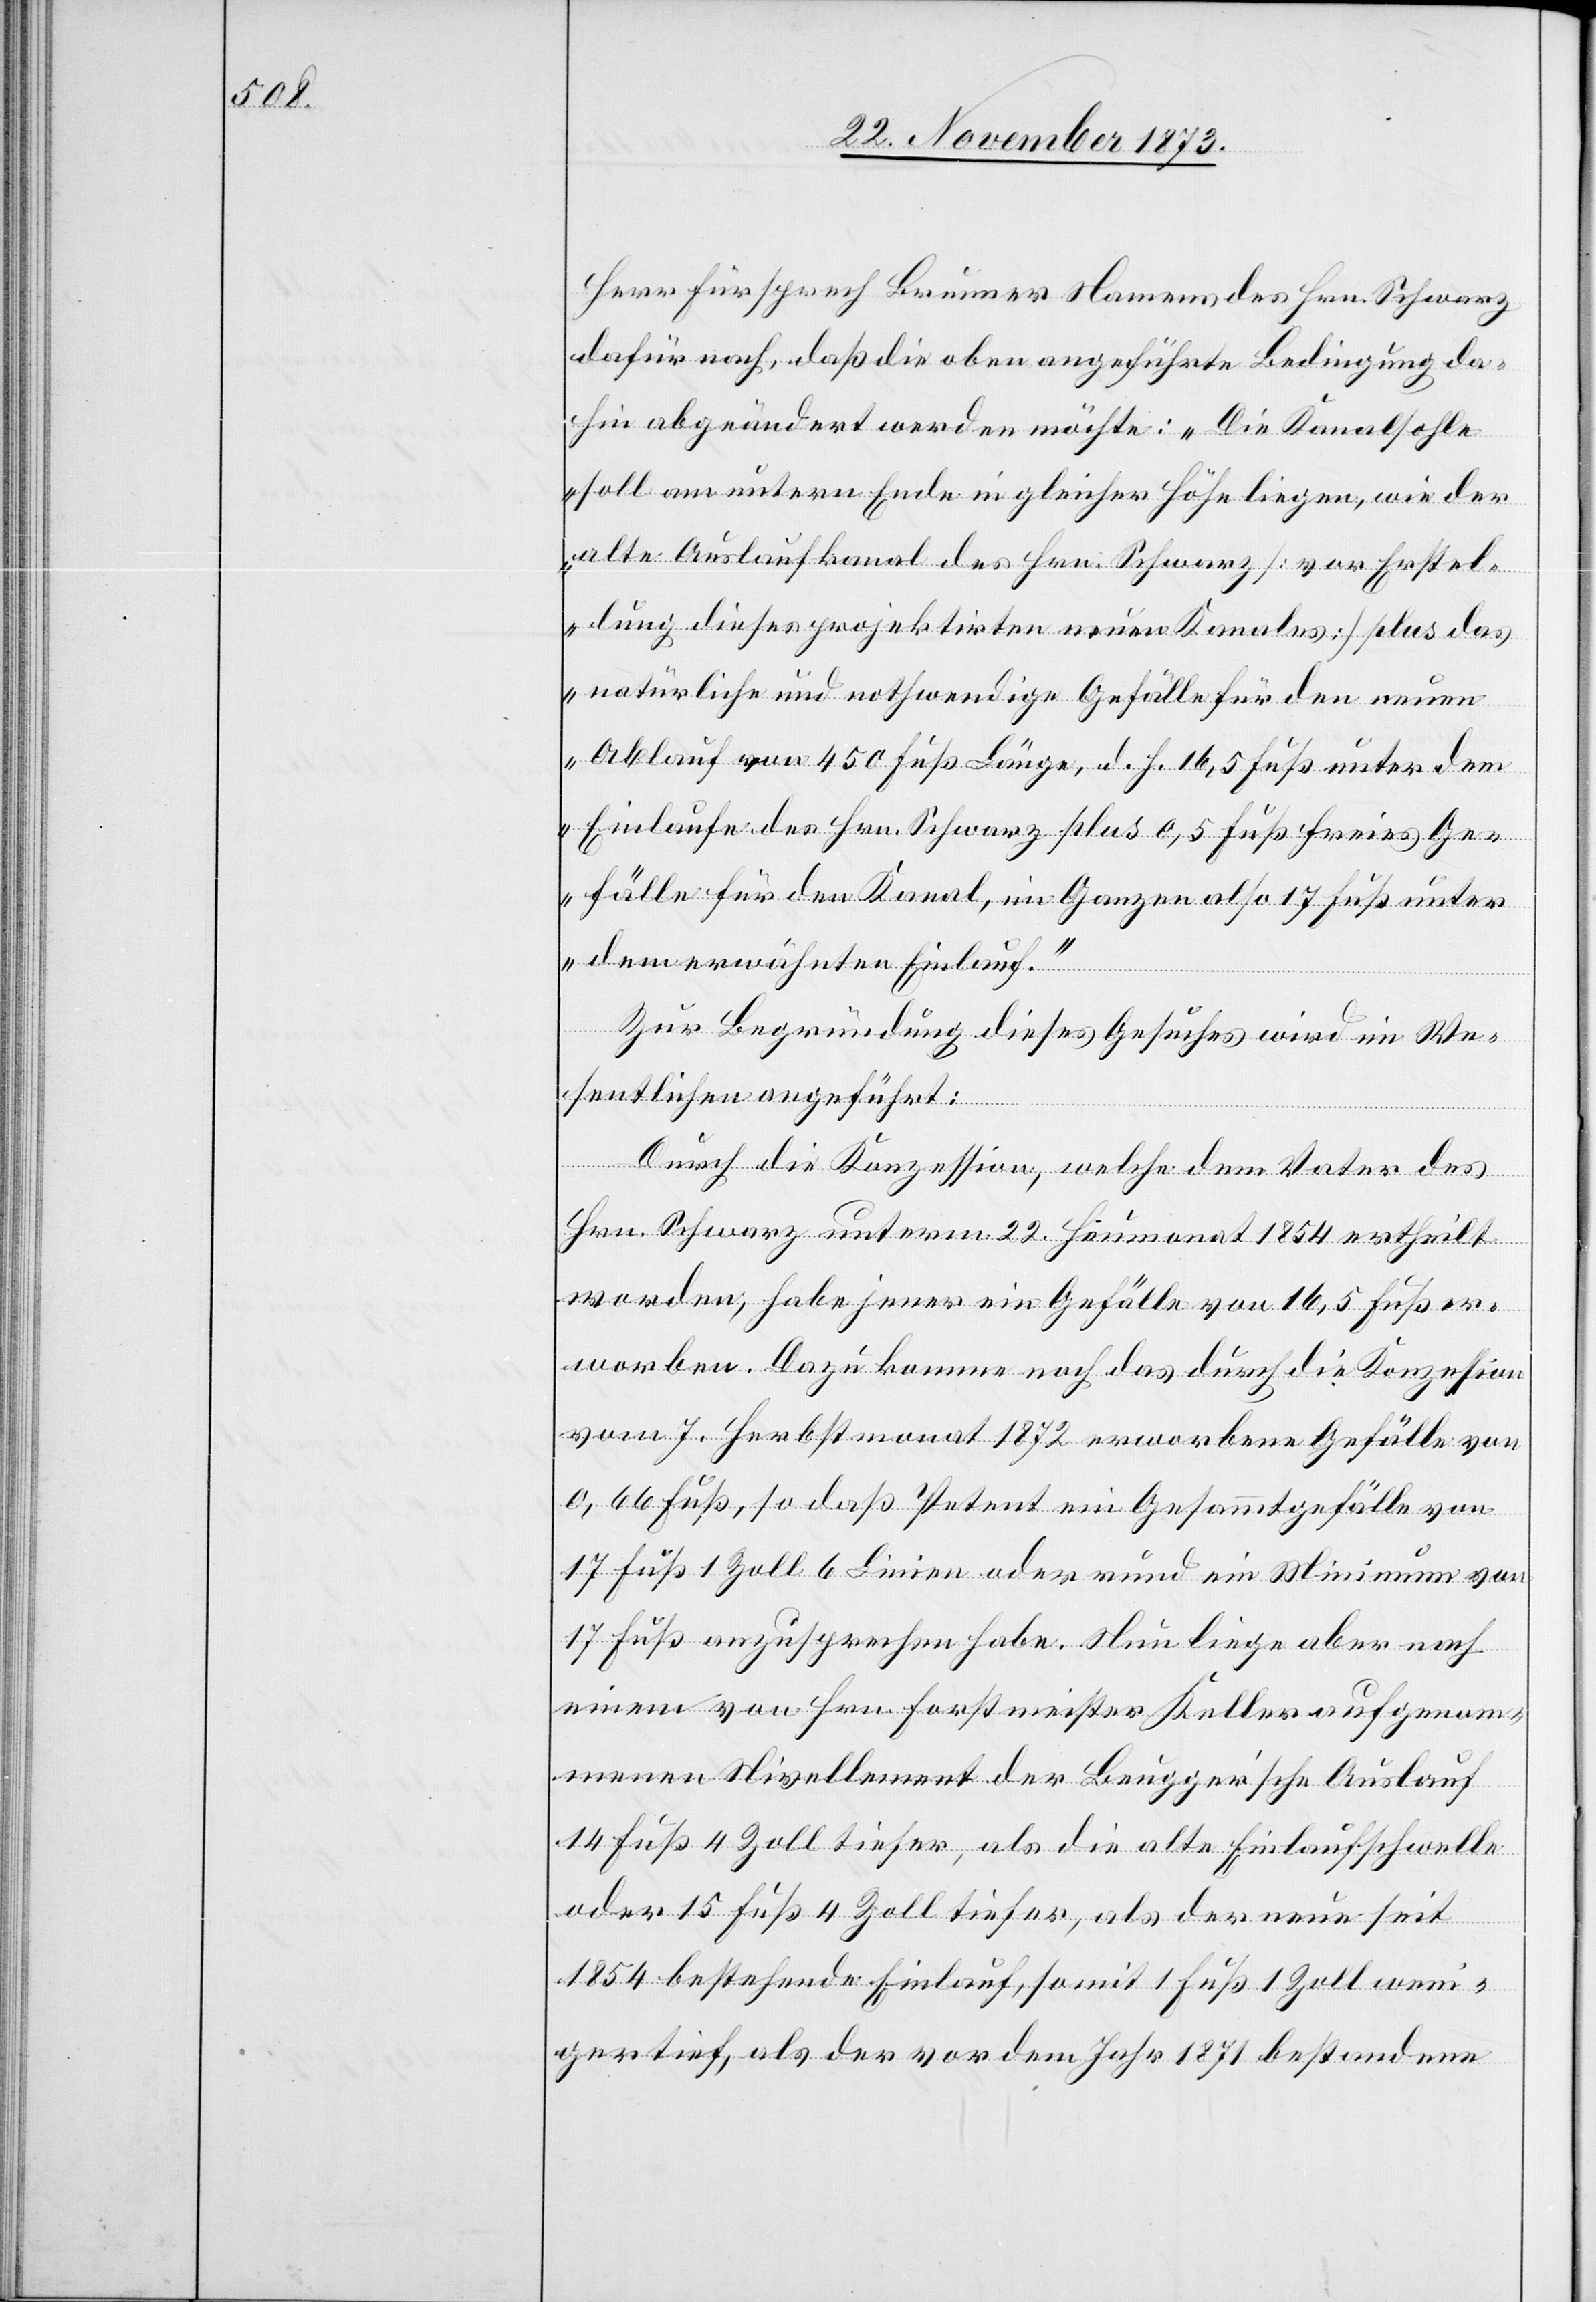
Herr Fürsprech Brunner Namens des Hrn. Schwarz
dafür nach, daß die oben angeführte Bedingung da¬
hin abgeändert werden möchte: „Die Kanalsohle
soll am untern Ende in gleicher Höhe liegen, wie der
alte Auslaufkanal des Hrn. Schwarz [vor Erstel¬
lung dieses projektirten neuen Kanales] plus das
natürliche und nothwendige Gefälle für den neuen
Ablauf von 450 Fuß Länge, d. h. 16,5 Fuß unter dem
Einlaufe des Hrn. Schwarz plus 0,5 Fuß freies Ge¬
fälle für den Kanal, im Ganzen also 17 Fuß unter
dem erwähnten Einlauf.“
Zur Begründung dieses Gesuches wird im We¬
sentlichen angeführt:
Durch die Konzession, welche dem Vater des
Hrn. Schwarz unterm 22. Heumonat 1854 ertheilt
worden, habe jener ein Gefälle von 16,5 Fuß er¬
worben. Dazu komme noch das durch die Konzession
vom 7. Herbstmonat 1872 erworbene Gefälle von
0,66 Fuß, so daß Petent ein Gesammtgefälle von
17 Fuß 1 Zoll 6 Linien oder rund ein Minimum von
17 Fuß anzusprechen habe. Nun liege aber nach
einem von Hrn. Forstmeister Keller aufgenom¬
menen Nivellement der Beugger’sche Auslauf
14 Fuß 4 Zoll tiefer, als die alte Einlaufschwelle
oder 15 Fuß 4 Zoll tiefer, als der neue seit
1854 bestehende Einlauf, somit 1 Fuß 1 Zoll weni¬
ger tief, als der vor dem Jahr 1871 bestandene